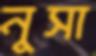
নুসা